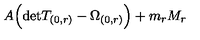
A \Bigl ( \mathrm { d e t } T _ { ( 0 , r ) } - \Omega _ { ( 0 , r ) } \Bigr ) + m _ { r } M _ { r }